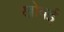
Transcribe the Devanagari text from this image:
खोवई